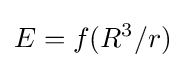
E=f(R^{3}/r)